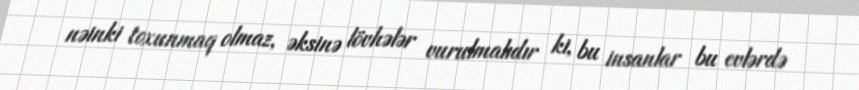
nəinki toxunmaq olmaz, əksinə lövhələr vurulmalıdır ki, bu insanlar bu evlərdə